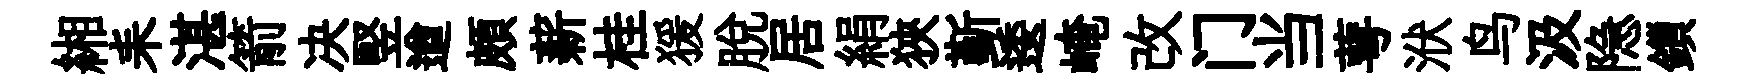
緗耒湛箭决竪遒頗薪桂猨脫居絹狹斳逶崦改门当萼洑鸟汲隐鎻